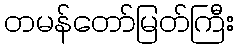
တမန်တော်မြတ်ကြီး